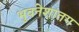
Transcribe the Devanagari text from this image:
भुवनेशांतग